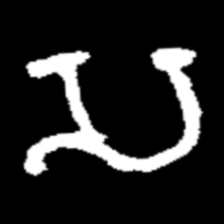
Pyu character \u2014 Myanmar letter: သ (romanized: sa)